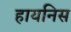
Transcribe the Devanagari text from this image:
हायनिस